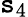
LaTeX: \mathtt{s}_{4}